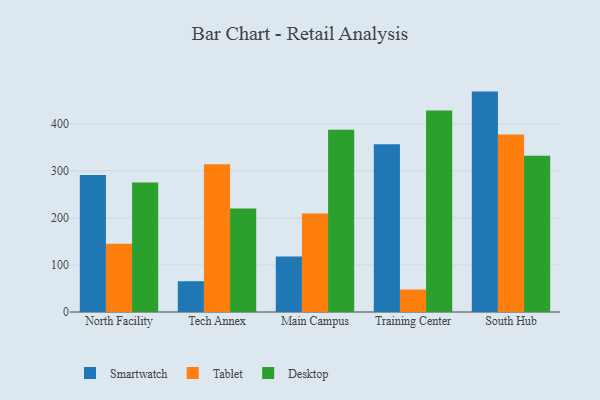
{"axis": {"x": "Campus", "y": "Bounce Rate (%)"}, "legend": ["Desktop", "Smartwatch", "Tablet"], "data": [{"x": "North Facility", "y": 291.4, "type": "Smartwatch"}, {"x": "North Facility", "y": 145.1, "type": "Tablet"}, {"x": "North Facility", "y": 275.2, "type": "Desktop"}, {"x": "Tech Annex", "y": 65.4, "type": "Smartwatch"}, {"x": "Tech Annex", "y": 314.0, "type": "Tablet"}, {"x": "Tech Annex", "y": 220.0, "type": "Desktop"}, {"x": "Main Campus", "y": 118.1, "type": "Smartwatch"}, {"x": "Main Campus", "y": 209.2, "type": "Tablet"}, {"x": "Main Campus", "y": 387.5, "type": "Desktop"}, {"x": "Training Center", "y": 356.8, "type": "Smartwatch"}, {"x": "Training Center", "y": 47.7, "type": "Tablet"}, {"x": "Training Center", "y": 428.2, "type": "Desktop"}, {"x": "South Hub", "y": 468.5, "type": "Smartwatch"}, {"x": "South Hub", "y": 377.1, "type": "Tablet"}, {"x": "South Hub", "y": 332.1, "type": "Desktop"}]}